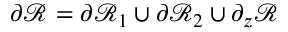
\partial \mathscr { R } = \partial \mathscr { R } _ { 1 } \cup \partial \mathscr { R } _ { 2 } \cup \partial _ { z } \mathscr { R }